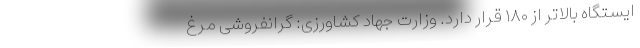
ایستگاه بالاتر از ۱۸۰ قرار دارد. وزارت جهاد کشاورزی: گرانفروشی مرغ